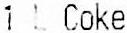
1 L COKE